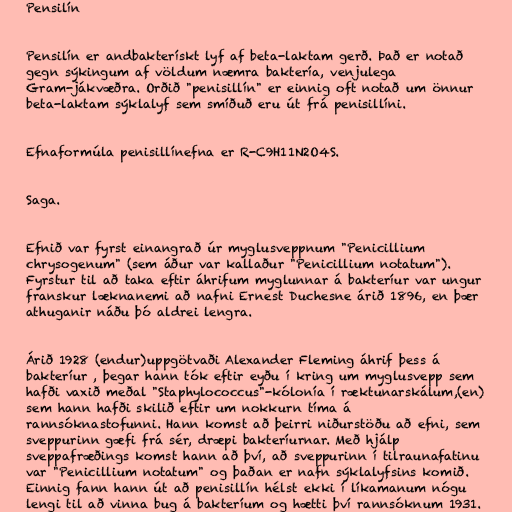
Pensilín

Pensilín er andbakterískt lyf af beta-laktam gerð. Það er notað
gegn sýkingum af völdum næmra baktería, venjulega
Gram-jákvæðra. Orðið "penisillín" er einnig oft notað um önnur
beta-laktam sýklalyf sem smíðuð eru út frá penisillíni.

Efnaformúla penisillínefna er R-C9H11N2O4S.

Saga.

Efnið var fyrst einangrað úr myglusveppnum "Penicillium
chrysogenum" (sem áður var kallaður "Penicillium notatum").
Fyrstur til að taka eftir áhrifum myglunnar á bakteríur var ungur
franskur læknanemi að nafni Ernest Duchesne árið 1896, en þær
athuganir náðu þó aldrei lengra.

Árið 1928 (endur)uppgötvaði Alexander Fleming áhrif þess á
bakteríur , þegar hann tók eftir eyðu í kring um myglusvepp sem
hafði vaxið meðal "Staphylococcus"-kólonía í ræktunarskálum,(en)
sem hann hafði skilið eftir um nokkurn tíma á
rannsóknastofunni. Hann komst að þeirri niðurstöðu að efni, sem
sveppurinn gæfi frá sér, dræpi bakteríurnar. Með hjálp
sveppafræðings komst hann að því, að sveppurinn í tilraunafatinu
var "Penicillium notatum" og þaðan er nafn sýklalyfsins komið.
Einnig fann hann út að penisillín hélst ekki í líkamanum nógu
lengi til að vinna bug á bakteríum og hætti því rannsóknum 1931.